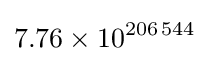
7.76\times 10^{206\,544}